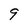
Character: 9